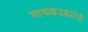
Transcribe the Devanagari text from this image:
माकडउड्यांनी